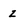
Character: Z